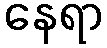
နေရာ